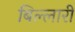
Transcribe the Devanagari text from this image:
बिल्लारी